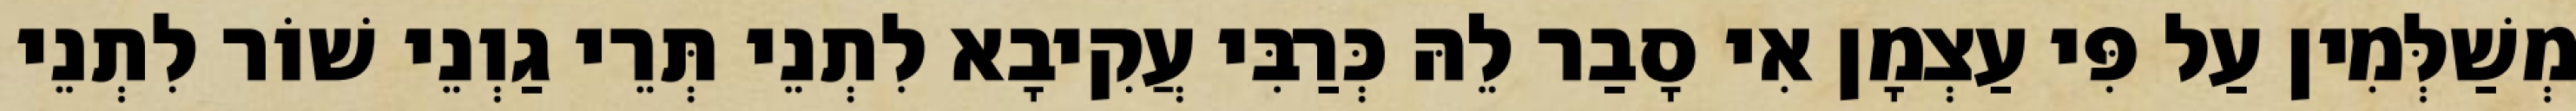
מְשַׁלְּמִין עַל פִּי עַצְמָן אִי סָבַר לֵהּ כְּרַבִּי עֲקִיבָא לִתְנֵי תְּרֵי גַוְנֵי שׁוֹר לִתְנֵי